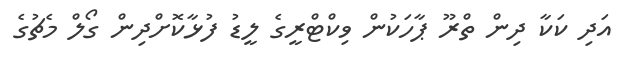
އަދި ކަކާ ދިން ތްރޫ ޕާހަކުން ވިކްޓްރީގެ ލީޑު ފުޅާކޮށްދިން ގޯލް މެޗުގެ